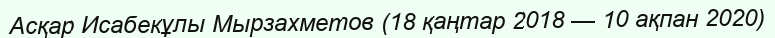
Асқар Исабекұлы Мырзахметов (18 қаңтар 2018 — 10 ақпан 2020)